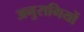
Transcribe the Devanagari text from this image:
अनुरागियों